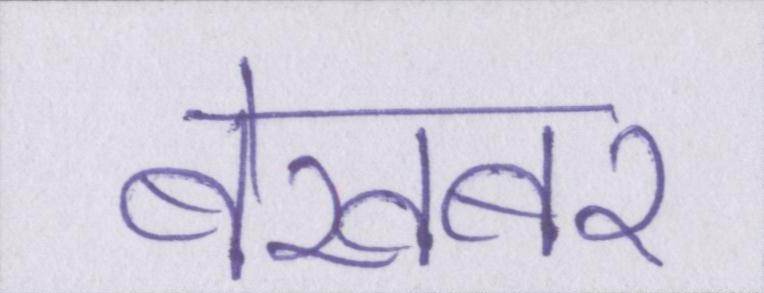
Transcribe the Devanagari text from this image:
बेखबर